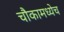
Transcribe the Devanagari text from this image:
चौकामध्येच